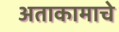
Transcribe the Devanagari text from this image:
अताकामाचे